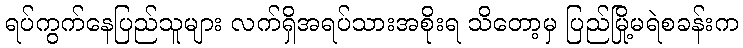
ရပ်ကွက်နေပြည်သူများ လက်ရှိအရပ်သားအစိုးရ သိတော့မှ ပြည်မြို့မရဲစခန်းက